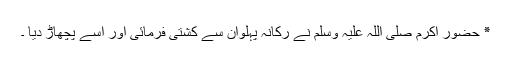
٭ حضور اکرم صلی اللہ علیہ وسلم نے رکانہ پہلوان سے کشتی فرمائی اور اسے پچھاڑ دیا ۔